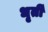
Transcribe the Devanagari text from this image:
धृर्ती